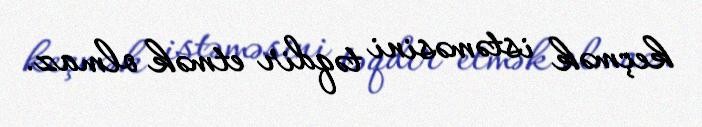
keçmək istəməsini təqdir etmək olmaz.